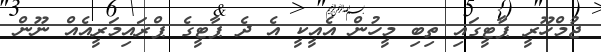
ޖުމްހޫރީ ޕާޓީގައި ތިބި މީހުން އެއީކީ އެ ދެ ޕާޓީގެ ޕްރައިމަރީއެއް ނޫން